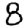
Digit: 8